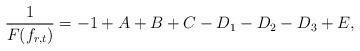
LaTeX: \begin{align*}\frac{1}{F(f_{r,t})}=-1+A+B+C-D_1-D_2-D_3+E,\end{align*}